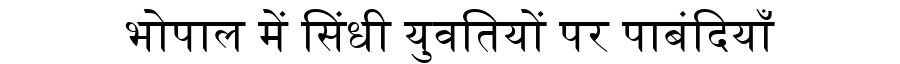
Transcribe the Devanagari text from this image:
भोपाल में सिंधी युवतियों पर पाबंदियाँ